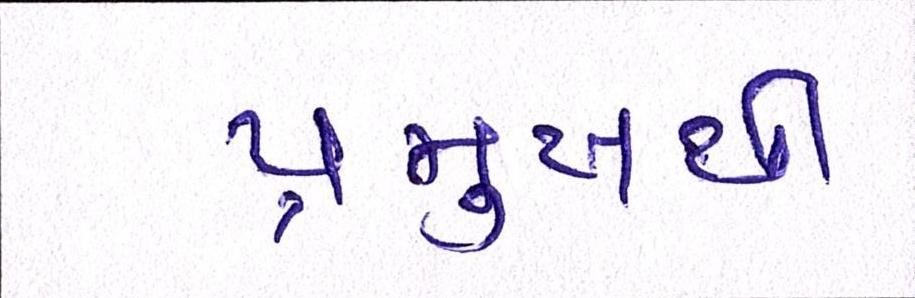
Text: પ્રમુખથી